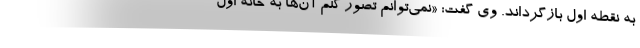
به نقطه اول بازگرداند. وی گفت: «نمی‌توانم تصور کنم آن‌ها به خانه اول